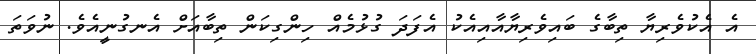
އެ އެކުވެރިޔާ ތިބާގެ ބައިވެރިޔާއާއިއެކު އެފަދަ ގުޅުމެއް ހިންގިކަން ތިބާއަށް އެނގުނީއެވެ. ނުވަތަ